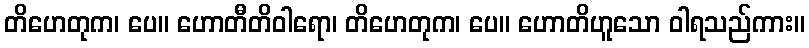
တိဟေတုက၊ ပေ။ ဟောတီတိဝါရော၊ တိဟေတုက၊ ပေ။ ဟောတိဟူသော ဝါရသည်ကား။